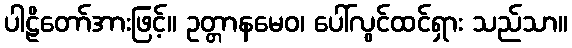
ပါဠိတော်အားဖြင့်။ ဥတ္တာနမေဝ၊ ပေါ်လွင်ထင်ရှား သည်သာ။